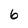
Character: 6